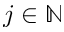
j \in \mathbb N